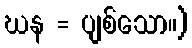
ဃန = ပျစ်သော။)